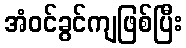
အံဝင်ခွင်ကျဖြစ်ပြီး